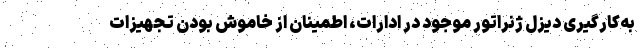
به‌کارگیری دیزل ژنراتور موجود در ادارات، اطمینان از خاموش بودن تجهیزات